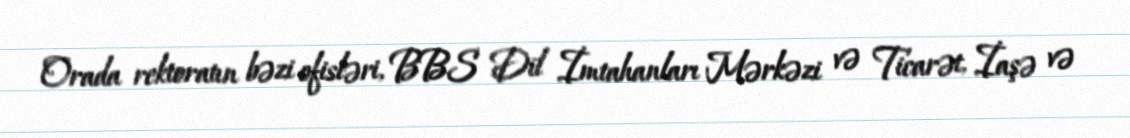
Orada rektoratın bəzi ofisləri, BBS Dil İmtahanları Mərkəzi və Ticarət, İaşə və